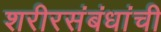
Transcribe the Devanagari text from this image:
शरीरसंबंधांची